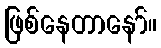
ဖြစ်နေတာနော်။